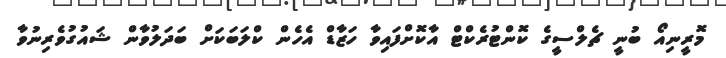
މޮރީނިއޯ ބުނީ ޗެލްސީގެ ކޮންޓުރެކްޓް އާކޮށްފައިވާ ހަޒާޑް އެހެން ކްލަބަކަށް ބަދަލުވާން ޝައުގުވެރިނުވާ